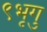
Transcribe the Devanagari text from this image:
९भृगु